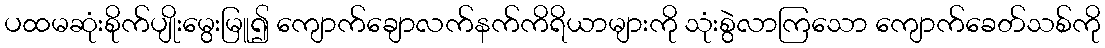
ပထမဆုံးစိုက်ပျိုးမွေးမြူ၍ ကျောက်ချောလက်နက်ကိရိယာများကို သုံးစွဲလာကြသော ကျောက်ခေတ်သစ်ကို